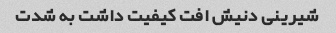
شیرینی دنیش افت کیفیت داشت به شدت